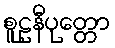
စူဠနီပုတ္တော